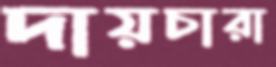
দায়চারা